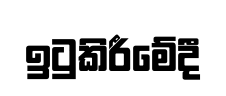
ඉටුකිරීමේදී